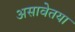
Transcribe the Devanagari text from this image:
असावेतया